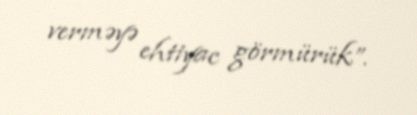
verməyə ehtiyac görmürük”.